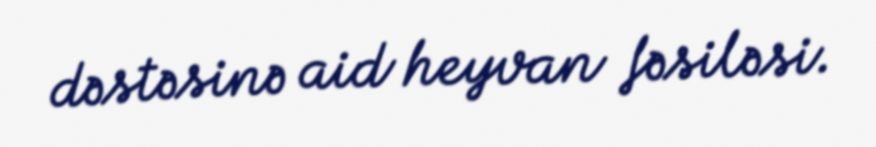
dəstəsinə aid heyvan fəsiləsi.